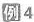
例4